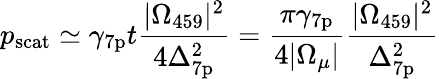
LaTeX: p_{\mathrm{scat}}\simeq\gamma_{\mathrm{7p}}t\frac{|\Omega_{459}|^{2}}{4\Delta_{\mathrm{7p}}^{2}}=\frac{\pi\gamma_{\mathrm{7p}}}{4|\Omega_{\mu}|}\frac{|\Omega_{459}|^{2}}{\Delta_{\mathrm{7p}}^{2}}